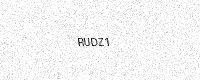
Text: RUDZ1